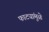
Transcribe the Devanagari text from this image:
फाट्यांमुळे